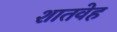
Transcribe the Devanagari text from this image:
शातवेह